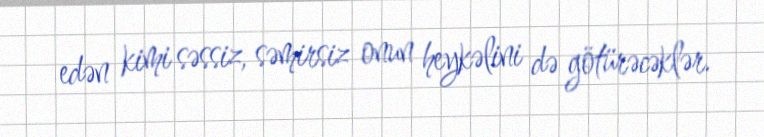
edən kimi səssiz, səmirsiz onun heykəlini də götürəcəklər.